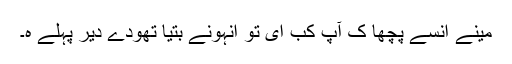
مینے اُنسے پُچھا کِ آپ کب اَیِ تو اُنہونے بتیا تھودے دیر پہلے ہِ۔